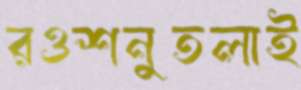
রওশনুতলাই